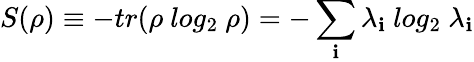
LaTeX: S(\rho)\equiv-tr(\rho\ log_{2}\ \rho)=-\sum_{\mathbf{i}}\lambda_{\mathbf{i}}\ log_{2}\ \lambda_{\mathbf{i}}